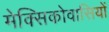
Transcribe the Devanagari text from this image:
मेक्सिकोवासियों